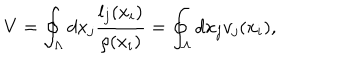
LaTeX: V = \oint _ { \Lambda } d x _ { j } \frac { l _ { j } ( x _ { i } ) } { \rho ( x _ { i } ) } = \oint _ { \Lambda } d x _ { j } v _ { j } ( x _ { i } ) ,